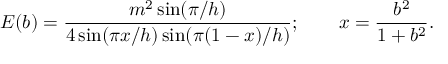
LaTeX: E ( b ) = \frac { m ^ { 2 } \sin ( \pi / h ) } { 4 \sin ( \pi x / h ) \sin ( \pi ( 1 - x ) / h ) } ; \qquad x = \frac { b ^ { 2 } } { 1 + b ^ { 2 } } .